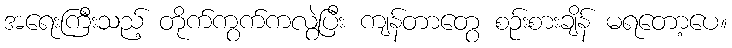
အရေးကြီးသည့် တိုက်ကွက်ကလွဲပြီး ကျန်တာတွေ စဉ်းစားချိန် မရတော့ပေ။